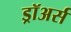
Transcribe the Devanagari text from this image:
ड्रॉअर्स